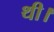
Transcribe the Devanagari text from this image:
थी।